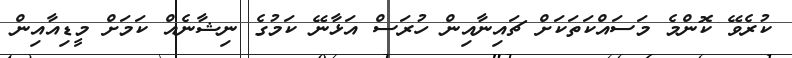
ކުރެވޭ ކޮންމެ މަސައްކަތަކަށް ޗައިނާއިން ހުރަސް އަޅާނޭ ކަމުގެ ނިޝާނެއް ކަމަށް މީޑިއާއިން